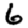
Digit: 6